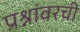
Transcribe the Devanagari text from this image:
प्रश्नांवरची